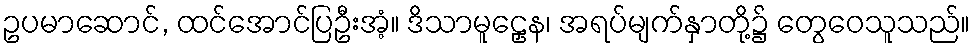
ဥပမာဆောင်, ထင်အောင်ပြဦးအံ့။ ဒိသာမူဠှေန၊ အရပ်မျက်နှာတို့၌ တွေဝေသူသည်။